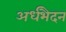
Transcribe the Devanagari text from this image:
अर्धभैदन